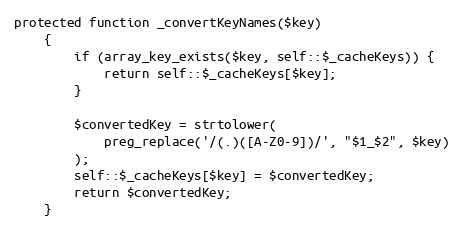
Language: PHP
protected function _convertKeyNames($key)
    {
        if (array_key_exists($key, self::$_cacheKeys)) {
            return self::$_cacheKeys[$key];
        }

        $convertedKey = strtolower(
            preg_replace('/(.)([A-Z0-9])/', "$1_$2", $key)
        );
        self::$_cacheKeys[$key] = $convertedKey;
        return $convertedKey;
    }